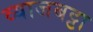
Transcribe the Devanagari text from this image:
व्याजबट्टा